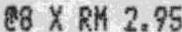
@8 X RM 2.95